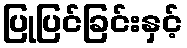
ပြုပြင်ခြင်းနှင့်